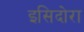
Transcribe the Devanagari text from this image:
इसिदोरा